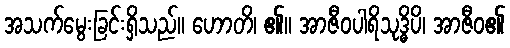
အသက်မွေးခြင်းရှိသည်။ ဟောတိ၊ ၏။ အာဇီဝပါရိသုဒ္ဓိပိ၊ အာဇီဝ၏